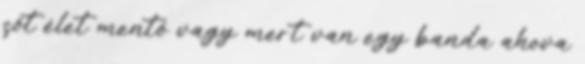
sőt élet mentő vagy mert van egy banda ahova